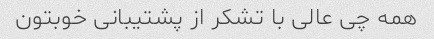
همه چی عالی با تشکر از پشتیبانی خوبتون